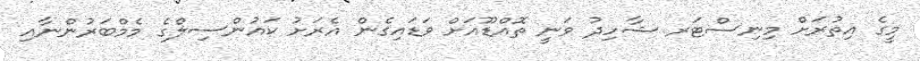
މީގެ އިތުރަށް މިނިސްޓަރ ޝާހިދު ވަނީ ތޮއްޑޫއަށް ވަޑައިގެން އެރަށު ކައުންސިލްގެ މެމްބަރުންނާއި